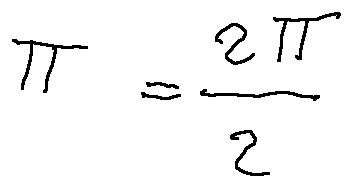
\pi = \frac { 2 \pi } { 2 }